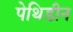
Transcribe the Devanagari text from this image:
पेथिडीन